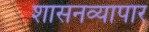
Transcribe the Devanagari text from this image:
शासनव्यापार